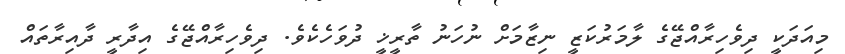
މިއަދަކީ ދިވެހިރާއްޖޭގެ ލާމަރުކަޒީ ނިޒާމަށް ނުހަނު ތާރީޚީ ދުވަހެކެވެ. ދިވެހިރާއްޖޭގެ އިދާރީ ދާއިރާތައް